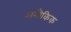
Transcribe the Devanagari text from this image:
अनौकिक